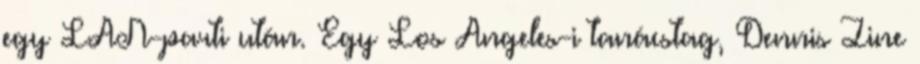
egy LAN-parti után. Egy Los Angeles-i tanácstag, Dennis Zine